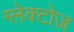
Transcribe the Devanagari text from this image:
ग्लेक्टोज़